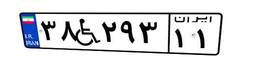
۹۲W۵۲۰۱۴